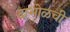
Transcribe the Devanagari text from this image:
दाभोळची